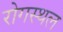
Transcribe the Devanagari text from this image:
रोगस्थल